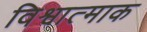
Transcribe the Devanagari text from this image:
विश्वात्माक